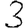
Digit: 3